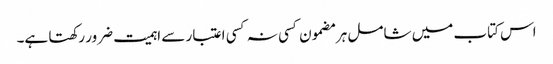
اس کتاب میں شامل ہر مضمون کسی نہ کسی اعتبار سے اہمیت ضرور رکھتا ہے۔